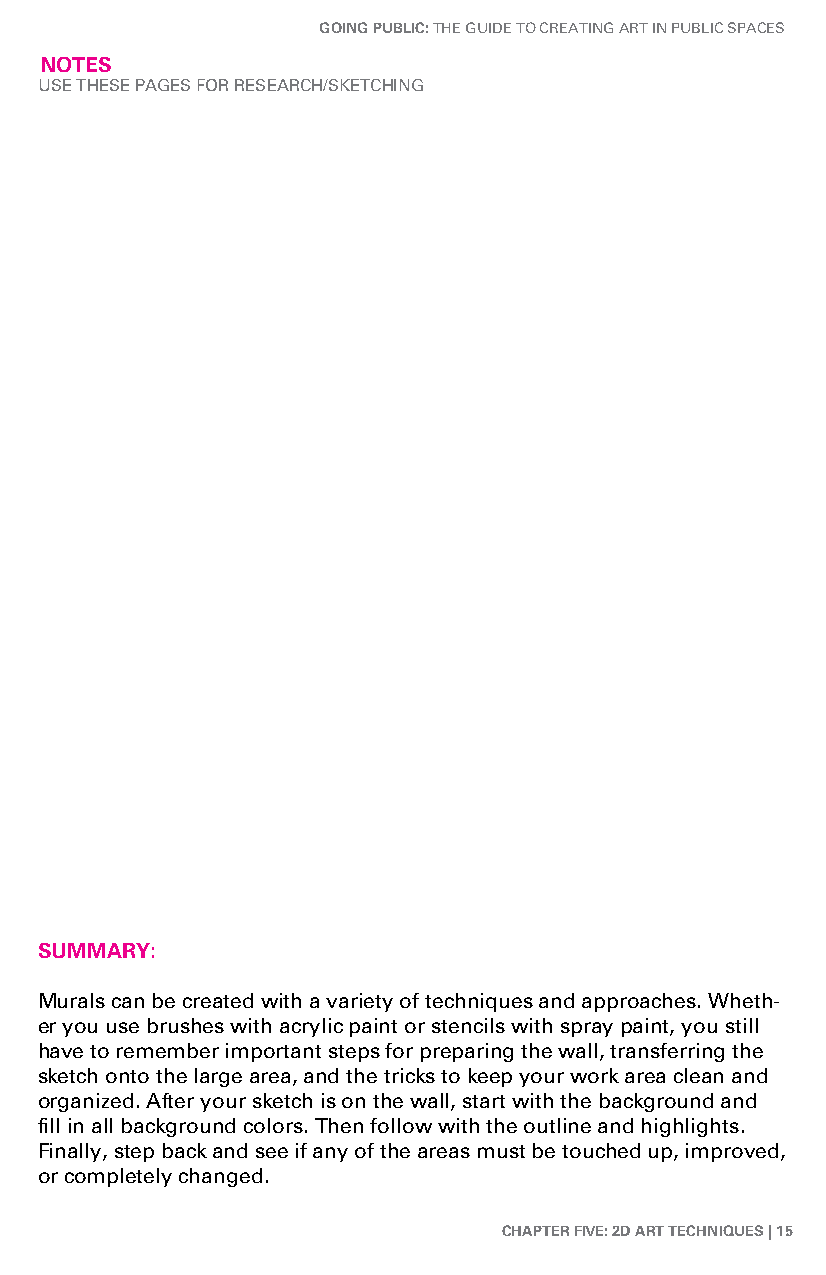
GoinG Public: The Guide To CreaTinG arT in PubliC SPaCeS
 notes
 uSe TheSe PaGeS For reSearCh/SKeTChinG
 summary:
 Murals can be created with a variety of techniques and approaches. Wheth-
 er you use brushes with acrylic paint or stencils with spray paint, you still
 have to remember important steps for preparing the wall, transferring the
 sketch onto the large area, and the tricks to keep your work area clean and
 organized. after your sketch is on the wall, start with the background and
 fill in all background colors. Then follow with the outline and highlights.
 Finally, step back and see if any of the areas must be touched up, improved,
 or completely changed.
 chaPter five: 2d art techniques | 15